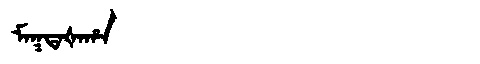
Manchu: ᠮᠠᡴᡨᠠᡧᠠᡥᠠ
Romanization: MAKTAŠAHA